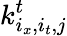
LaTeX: k_{i_{x},i_{t},j}^{t}